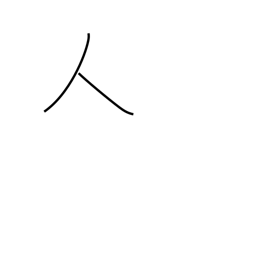
Meaning: person